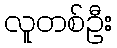
လူတစ်ဦး